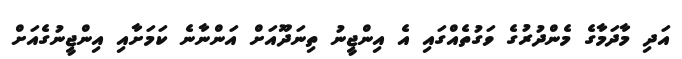
އަދި މާދަމާގެ މެންދުރުގެ ވަގުތެއްގައި އެ އިންޖީނު ތިނަދޫއަށް އަންނާނެ ކަމަށާއި އިންޖީނުގެއަށް